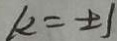
k = \pm 1